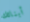
أبنائك